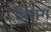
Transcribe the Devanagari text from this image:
बिराग